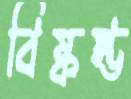
বিষ্কম্ভ